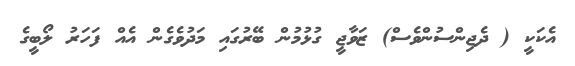
އެކަކީ ( ދެޖިންސުންވެސް) ޒަވާޖީ ގުޅުމުން ބޭރުގައި މަދުވެގެން އެއް ފަހަރު ލޯބީގެ